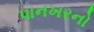
પાનખરનો